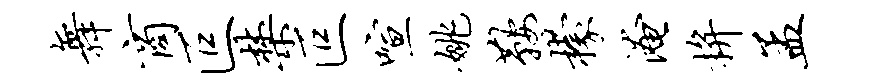
舞商叵禁叵喧姚鞍檬淹拚孟